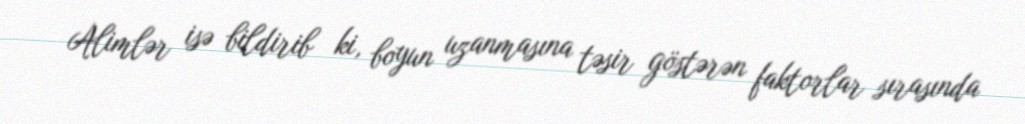
Alimlər isə bildirib ki, boyun uzanmasına təsir göstərən faktorlar sırasında